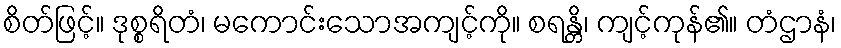
စိတ်ဖြင့်။ ဒုစ္စရိတံ၊ မကောင်းသောအကျင့်ကို။ စရန္တိ၊ ကျင့်ကုန်၏။ တံဌာနံ၊